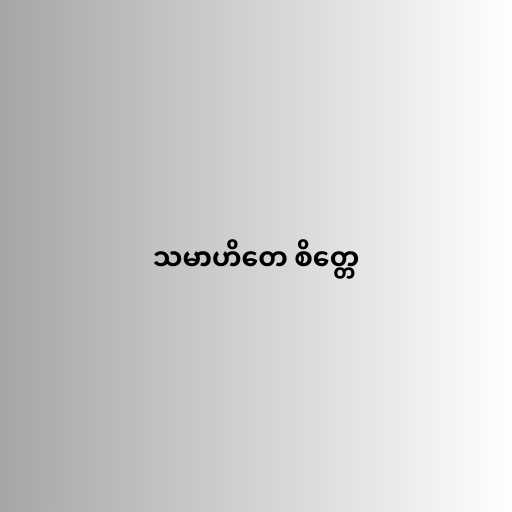
သမာဟိတေ စိတ္တေ